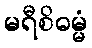
မရီစိဓမ္မံ